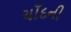
ચાઁદની